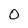
Character: O